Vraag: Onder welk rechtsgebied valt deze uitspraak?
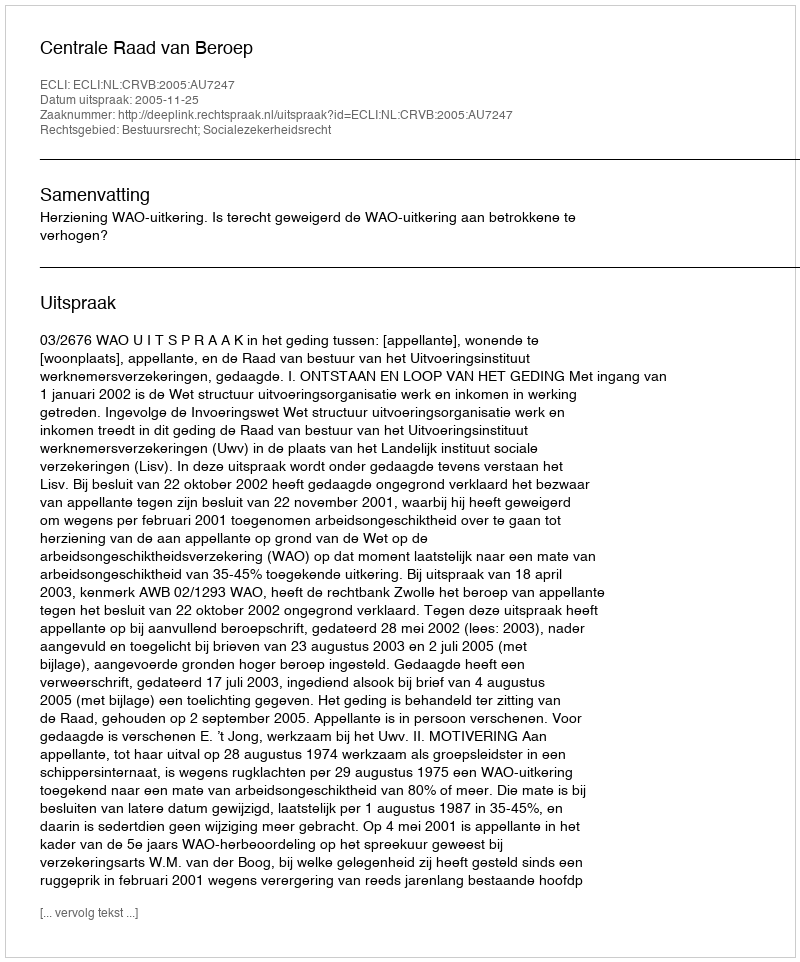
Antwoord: Bestuursrecht; Socialezekerheidsrecht